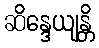
ဆိန္ဒေယျန္တိ